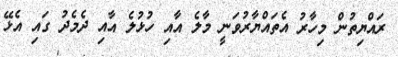
ރައްޔިތުން މިހާރު އެތައްޔާރުވަނީ މާލެ އާއި ހުޅުލެ އާއި ދެމެދު ގައި އެޅޭ